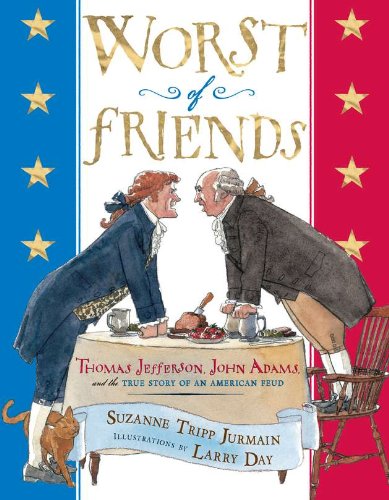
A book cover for Worst of Friends: Thomas Jefferson, John Adams and the True Story of an American Feud; Suzanne Tripp Jurmain; Children's Books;